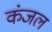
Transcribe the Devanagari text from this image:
कंजल